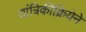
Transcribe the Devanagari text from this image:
यांत्रिकीक्रियेने